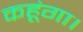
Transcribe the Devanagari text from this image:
कहूंगा।